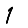
Digit: 1